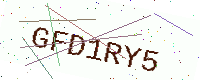
Text: GFD1RY5